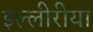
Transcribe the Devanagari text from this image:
इल्लीरीया